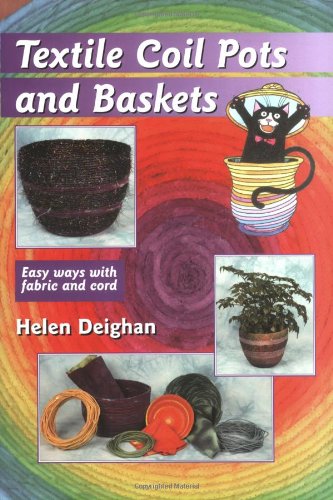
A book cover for Textile Coil Pots And Baskets: Easy Ways With Fabric And Cord; Helen Deighan; Crafts, Hobbies & Home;